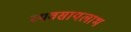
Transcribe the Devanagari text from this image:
व्यवसायलाभ